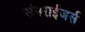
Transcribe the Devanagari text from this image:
संनराईजर्स